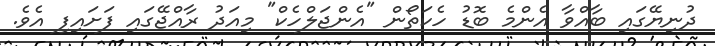
ދުނިޔޭގައި ބާއްވާ އެންމެ ބޮޑު ހެކަތޯން "އެންޖަލްހެކް" މިއަދު ރާއްޖޭގައި ފަށައިފި އެވެ.